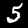
Digit: 5